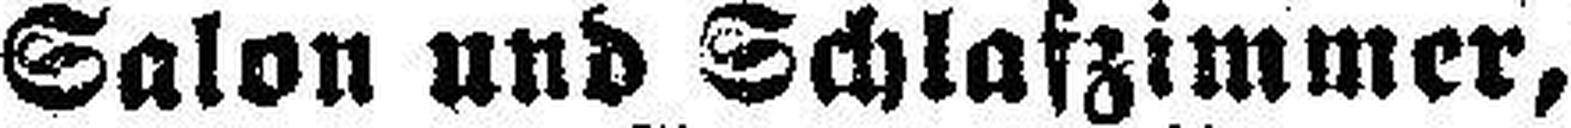
Salon und Schlafzimmer,